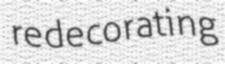
redecorating